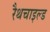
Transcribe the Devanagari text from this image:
रैथचाइल्ड